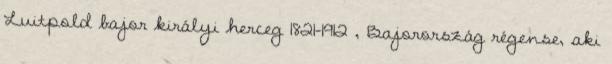
Luitpold bajor királyi herceg 1821–1912 , Bajorország régense, aki